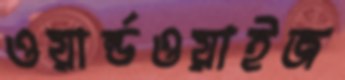
ওয়ার্ল্ডওয়াইজ